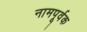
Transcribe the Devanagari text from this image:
नामपूर्वक